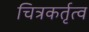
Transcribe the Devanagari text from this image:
चित्रकर्तृत्व